Account of plague administration in the Bombay Presidency from September 1896 till May 1897
Year: 1896
Disease focus: Plague
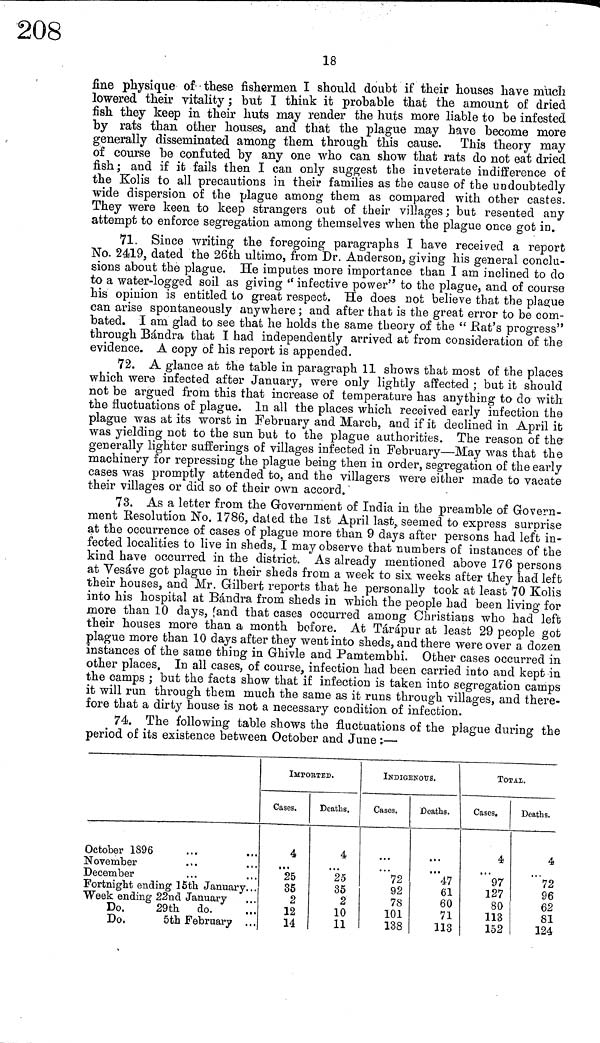
18
fine physique of these fishermen I should doubt if their houses have much
lowered their vitality; but I think it probable that the amount of dried
fish they keep in their huts may render the huts more liable to be infested
by rats than other houses, and that the plague may have become more
generally disseminated among them through this cause. This theory may
of course be confuted by any one who can show that rats do not eat dried
fish; and if it fails then I can only suggest the inveterate indifference of
the Kolis to all precautions in their families as the cause of the undoubtedly
wide dispersion of the plague among them as compared with other castes.
They were keen to keep strangers out of their villages; but resented any
attempt to enforce segregation among themselves when the plague once got in.
71. Since writing the foregoing paragraphs I have received a report
No. 2419, dated the 26th ultimo, from Dr. Anderson, giving his general conclu-
sions about the plague. He imputes more importance than I am inclined to do
to a water-logged soil as giving " infective power" to the plague, and of course
his opinion is entitled to great respect. He does not believe that the plague
can arise spontaneously anywhere ; and after that is the great error to be com-
bated. I am glad to see that he holds the same theory of the " Rat's progress"
through Bándra that I had independently arrived at from consideration of the
evidence. A copy of his report is appended.
72. A glance at the table in paragraph 11 shows that most of the places
which were infected after January, were only lightly affected ; but it should
not be argued from this that increase of temperature has anything to do with
the fluctuations of plague. In all the places which received early infection the
plague was at its worst in February and March, and if it declined in April it
was yielding not to the sun but to the plague authorities. The reason of the
generally lighter sufferings of villages infected in February—May was that the
machinery for repressing the plague being then in order, segregation of the early
cases was promptly attended to, and the villagers were either made to vacate
their villages or did so of their own accord.
73. As a letter from the Government of India in the preamble of Govern-
ment Resolution No. 1786, dated the 1st April last, seemed to express surprise
at the occurrence of cases of plague more than 9 days after persons had left in-
fected localities to live in sheds, I may observe that numbers of instances of the
kind have occurred in the district. As already mentioned above 176 persons
at Vesáve got plague in their sheds from a week to six weeks after they had left
their houses, and Mr. Gilbert reports that he personally took at least 70 Kolis
into his hospital at Bándra from sheds in which the people had been living for
more than 10 days, (and that cases occurred among Christians who had left
their houses more than a month before. At Tárápur at least 29 people got
plague more than 10 days after they went into sheds, and there were o ver a dozen
instances of the same thing in Ghivle and Pamtembhi. Other cases occurred in
other places. In all cases, of course, infection had been carried into and kept in
the camps ; but the facts show that if infection is taken into segregation camps
it will run through them much the same as it runs through villages, and there-
fore that a dirty house is not a necessary condition of infection.
74. The following table shows the fluctuations of the plague during the
period of its existence between October and June :—
October 1896
November
December
Fortnight ending 15th January
Week ending 22nd January
Do.
29th do.
Do.
5th
February
IMPORTED.
Gases.
4
...
25
35
2
12
14
Deaths.
4
...
25
35
2
10
11
1
INDIGENOUS.
Cases.
...
72
92
78
101
138
Deaths.
...
47
61
60
71
113
TOTAL
Cases.
4
...
97
127
80
113
152
Deaths.
4
72
96
62
81
124